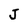
Character: J